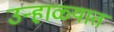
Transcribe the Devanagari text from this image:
उन्हा़ळ्यात